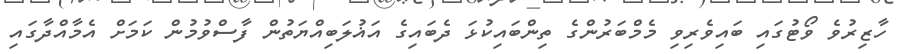
ހާޒިރުވެ ވޯޓުގައި ބައިވެރިވި މެމްބަރުންގެ ތިންބައިކުޅަ ދެބައިގެ އަޣުލަބިއްޔަތުން ފާސްވުމުން ކަމަށް އެމާއްދާގައި